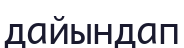
дайындап